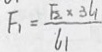
F _ { 1 } = \frac { F _ { 2 } \times 3 l _ { 1 } } { l _ { 1 } }